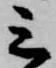
三